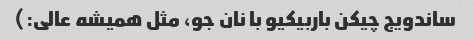
ساندویج چیکن باربیکیو با نان جو، مثل همیشه عالی:)